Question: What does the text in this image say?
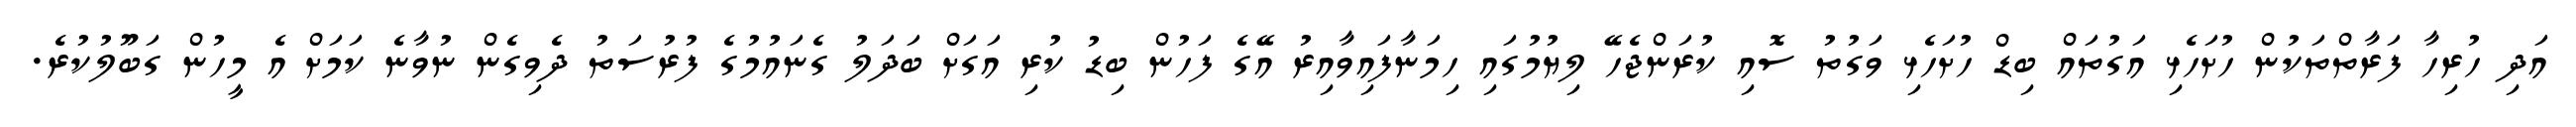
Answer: އަދި ހުރިހާ ފަރާތްތަކުން ހުށަހެޅި އަގުތައް ބިޑް ހުށަހެޅި ވަގުތު ސޮއި ކުރަންޖެހޭ ލިޔުމުގައި ހިމަނާފައިވާއިރު އޭގެ ފަހުން ބިޑު ކުރި އަގަށް ބަދަލު ގެނައުމުގެ ފުރުސަތު ދެވިގެން ނުވާނެ ކަމަށް އެ މީހުން ގަބޫލުކުރެ.